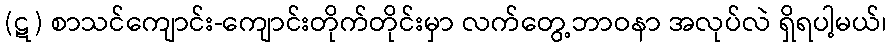
(ဋ) စာသင်ကျောင်း-ကျောင်းတိုက်တိုင်းမှာ လက်တွေ့ဘာဝနာ အလုပ်လဲ ရှိရပါ့မယ်၊